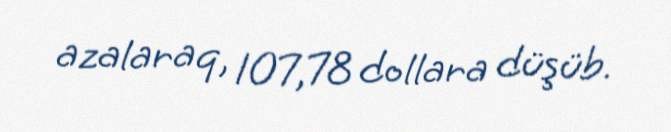
azalaraq, 107,78 dollara düşüb.